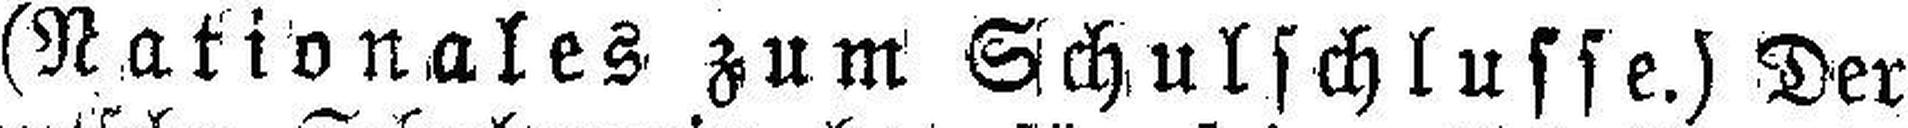
(Nationales zum Schulschlusse.) Der